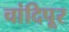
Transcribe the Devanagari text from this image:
चांदिपूर